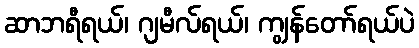
ဆာဘရီရယ်၊ ဂျမီလ်ရယ်၊ ကျွန်တော်ရယ်ပဲ